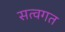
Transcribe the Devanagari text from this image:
सत्वगत